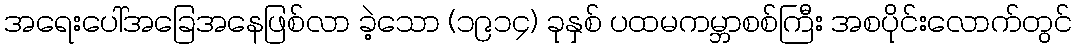
အရေးပေါ်အခြေအနေဖြစ်လာ ခဲ့သော (၁၉၁၄) ခုနှစ် ပထမကမ္ဘာစစ်ကြီး အစပိုင်းလောက်တွင်